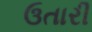
ઉતારી